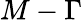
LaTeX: M-\Gamma